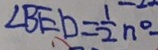
\angle B E D = \frac { 1 } { 2 } n ^ { 0 }